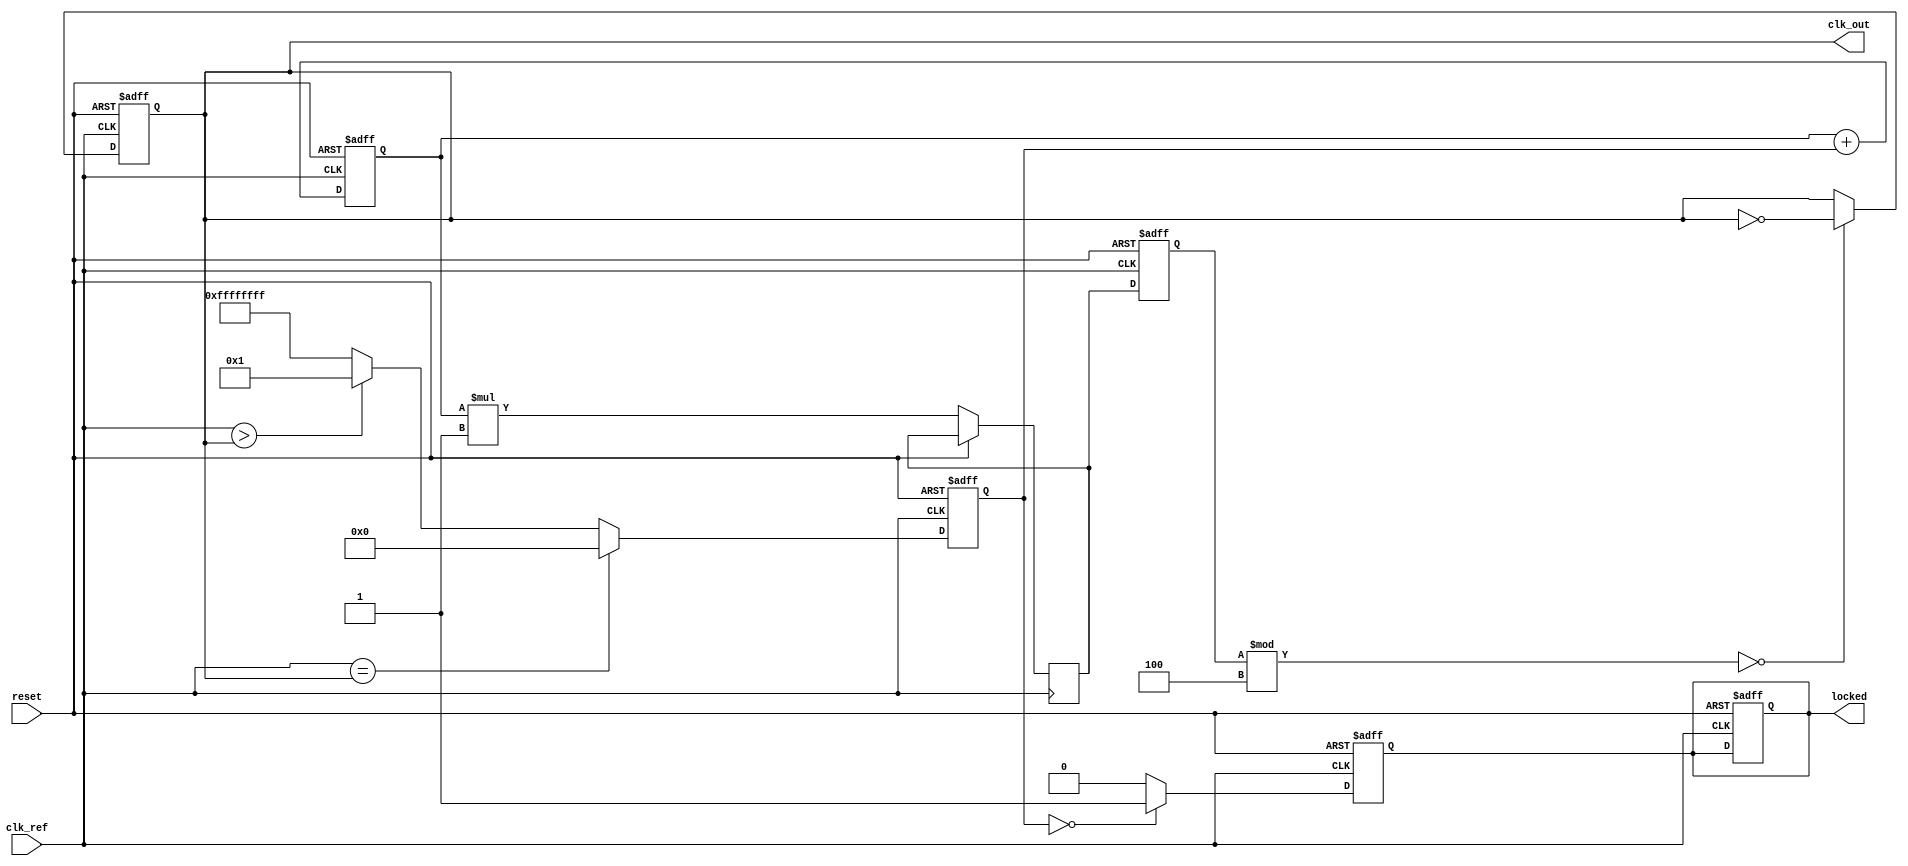
module PLL (
    input wire clk_ref,          // Reference clock input
    input wire reset,            // Reset signal
    output reg clk_out,          // Output clock
    output reg locked            // Lock status
);

    // Parameters
    parameter N = 4;             // Frequency division factor (optional)
    parameter Kp = 1;            // Proportional gain for PD
    parameter Ki = 1;            // Integral gain for LF

    // Internal signals
    reg [31:0] phase_error;      // Phase error signal
    reg [31:0] control_voltage;   // Control voltage for VCO
    reg [31:0] vco_output;        // VCO output signal
    reg [31:0] loop_filter;       // Loop filter output
    reg [31:0] feedback;          // Feedback signal

    // Phase Detector (PD)
    always @(posedge clk_ref or posedge reset) begin
        if (reset) begin
            phase_error <= 0;
        end else begin
            // Simple phase comparison (for demonstration)
            phase_error <= (clk_ref == clk_out) ? 0 : (clk_ref > clk_out) ? Kp : -Kp;
        end
    end

    // Loop Filter (LF) - Simple first-order filter
    always @(posedge clk_ref or posedge reset) begin
        if (reset) begin
            loop_filter <= 0;
        end else begin
            loop_filter <= loop_filter + phase_error; // Integrate phase error
            control_voltage <= loop_filter * Ki;      // Scale by integral gain
        end
    end

    // Voltage-Controlled Oscillator (VCO)
    always @(posedge clk_ref or posedge reset) begin
        if (reset) begin
            vco_output <= 0;
            clk_out <= 0;
            locked <= 0;
        end else begin
            // Simple VCO model: output frequency is a function of control voltage
            vco_output <= control_voltage; // Control voltage directly affects output
            clk_out <= (vco_output % N == 0) ? ~clk_out : clk_out; // Frequency division
        end
    end

    // Feedback Path
    always @(posedge clk_out or posedge reset) begin
        if (reset) begin
            feedback <= 0;
        end else begin
            feedback <= clk_out; // Feedback the output clock
        end
    end

    // Lock detection (simple example)
    always @(posedge clk_ref or posedge reset) begin
        if (reset) begin
            locked <= 0;
        end else begin
            // Simple lock detection logic
            locked <= (phase_error == 0) ? 1 : 0;
        end
    end

endmodule